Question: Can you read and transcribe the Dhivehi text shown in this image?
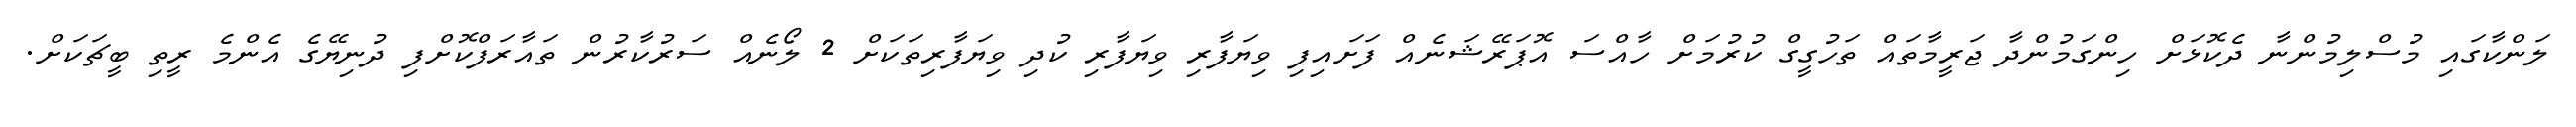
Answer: ލަންކާގައި މުސްލިމުންނާ ދެކޮޅަށް ހިންގަމުންދާ ޖަރީމާތައް ތަހުގީގް ކުރުމަށް ހާއްސަ އޮޕަރޭޝަނެއް ފަށައިފި ވިޔަފާރި ވިޔަފާރި ކުދި ވިޔަފާރިތަކަށް 2 ލޯނެއް ސަރުކާރުން ތައާރަފްކޮށްފި ދުނިޔޭގެ އެންމެ ރީތި ބީޗަކަށް.